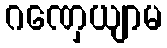
ဂဏှေယျာမ